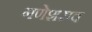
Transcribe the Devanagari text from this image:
गणेशराव